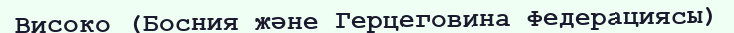
Високо (Босния және Герцеговина Федерациясы)